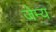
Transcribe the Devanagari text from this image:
जेम्य